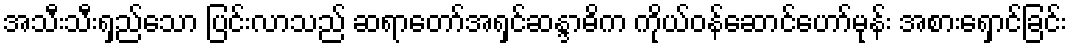
အသီးသီးရှည်သော ပြင်းလာသည် ဆရာတော်အရှင်ဆန္ဒာဓိက ကိုယ်ဝန်ဆောင်ဟော်မုန်း အစားရှောင်ခြင်း